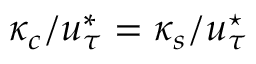
\kappa _ { c } / u _ { \tau } ^ { * } = \kappa _ { s } / u _ { \tau } ^ { \star }